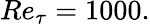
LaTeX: Re_{\tau}=1000.